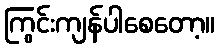
ကြွင်းကျန်ပါစေတော့။